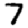
Digit: 7